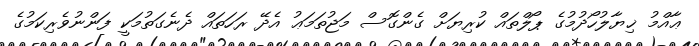
ޢާއްމު ޚިޔާލުހޯދުމުގެ ޕޯލްތައް ކުރިޔަށް ގެންގޮސް މަޖުތަމަޢު އެދޭ ރަހަތައް ދެނެގަތުމަކީ ފަންނުވެރިކަމުގެ